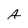
Character: A